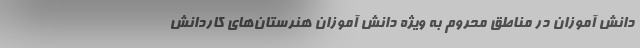
دانش آموزان در مناطق محروم به ویژه دانش آموزان هنرستان‌های کاردانش